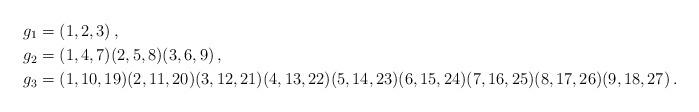
LaTeX: \begin{align*}g_1&=(1,2,3)\,,\\g_2&=(1,4,7)(2,5,8)(3,6,9)\,,\\g_3&=(1,10,19)(2,11,20)(3,12,21)(4,13,22)(5,14,23)(6,15,24)(7,16,25)(8,17,26)(9,18,27)\,.\end{align*}